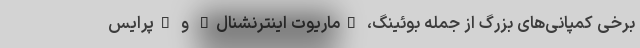
برخی کمپانی‌های بزرگ از جمله بوئینگ، "ماریوت اینترنشنال" و "پرایس‌